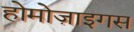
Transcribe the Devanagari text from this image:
होमोज़ाइगस